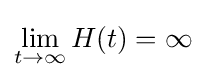
\lim _{t\to \infty }H(t)=\infty